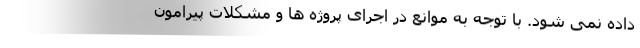
داده نمی شود. با توجه به موانع در اجرای پروژه ها و مشکلات پیرامون